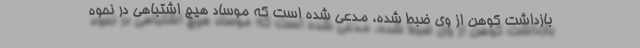
بازداشت کوهن از وی ضبط شده، مدعی شده است که موساد هیچ اشتباهی در نحوه